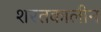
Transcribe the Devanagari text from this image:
शरतकालीन